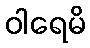
ဝါရေမိ